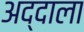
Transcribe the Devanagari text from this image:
अद्दाला